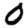
Digit: 0